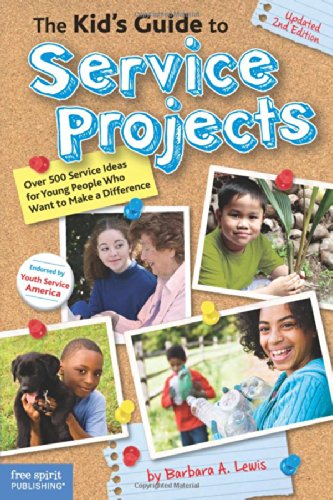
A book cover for The Kid's Guide to Service Projects: Over 500 Service Ideas for Young People Who Want to Make a Difference; Barbara A. Lewis; Business & Money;